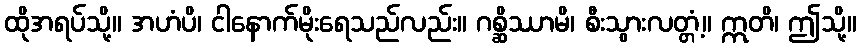
ထိုအရပ်သို့။ အဟံပိ၊ ငါနောက်မိုးရေသည်လည်း။ ဂစ္ဆိဿာမိ၊ စီးသွားလတ္တံ့။ ဣတိ၊ ဤသို့။